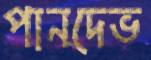
পানদেভ